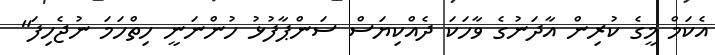
އެކަމް މީގެ ކުރިން އާދަނުގެ ވާހަކަ ދެއްކިޔަސް ސަންޕާފުޅު ހުންނަނީ ހިތްހަމަ ނުޖެހިފަ"